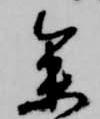
参